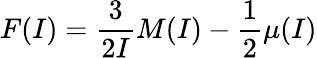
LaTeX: F(I)=\frac{3}{2I}M(I)-\frac{1}{2}\mu(I)